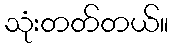
သုံးတတ်တယ်။